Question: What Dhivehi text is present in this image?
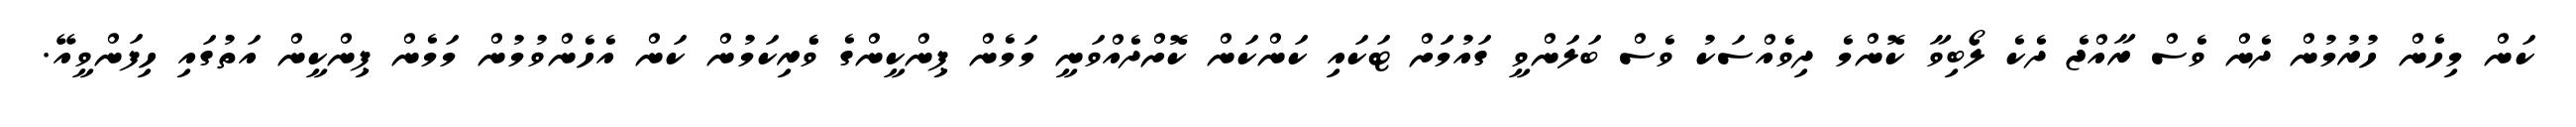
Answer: ކަން މިހެން ހުރުމުން ދެން ވެސް ރާއްޖެ ދެކެ ލޯބިވާ ކޮންމެ ދިވެއްސަކު ވެސް ބަލަންވީ ގައުމަަށް ޓަކައި ކަންކަން ކޮށްދެއްވަނީ މަމެން ޕިންކީންގެ ވެެރިކަމުން ކަން އެހެންވުމުން މަމެން ޕިންކީން އަތުގައި ހިފަންވީއޭ.